画像に写った文字を読んでください
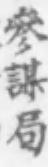
「參謀局」と書いてあります